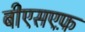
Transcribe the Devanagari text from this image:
बीएसएफ़